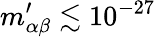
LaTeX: m_{\alpha\beta}^{\prime}\lesssim 10^{-27}